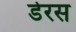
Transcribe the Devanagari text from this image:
डेरस